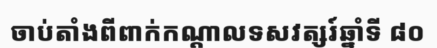
ចាប់តាំងពីពាក់កណ្តាលទសវត្សរ៍ឆ្នាំទី ៨០